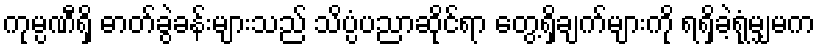
ကုမ္ပဏီရှိ ဓာတ်ခွဲခန်းများသည် သိပ္ပံပညာဆိုင်ရာ တွေ့ရှိချက်များကို ရရှိခဲ့ရုံမျှမက